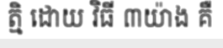
ត្មិ ដោយ វិធី ៣យ៉ាង គឺ